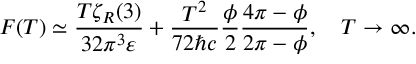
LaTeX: F ( T ) \simeq \frac { T \zeta _ { R } ( 3 ) } { 3 2 \pi ^ { 3 } \varepsilon } + \frac { T ^ { 2 } } { 7 2 \hbar c } \frac { \phi } { 2 } \frac { 4 \pi - \phi } { 2 \pi - \phi } , \quad T \to \infty { . }